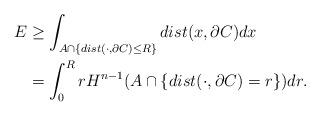
LaTeX: \begin{align*}E&\ge \int_{A\cap \{dist(\cdot, \partial C)\le R\}} dist(x,\partial C)dx\\&=\int_0^RrH^{n-1}(A\cap \{dist(\cdot, \partial C)=r\})dr.\end{align*}